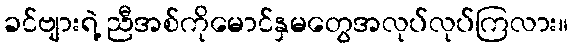
ခင်ဗျားရဲ့ ညီအစ်ကိုမောင်နှမတွေအလုပ်လုပ်ကြလား။